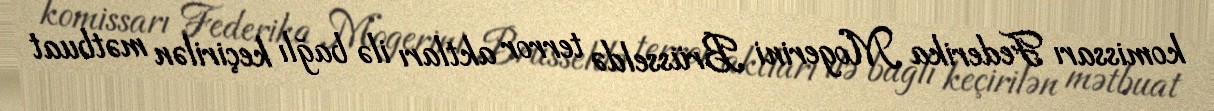
komissarı Federika Mogerini Brüsseldə terror aktları ilə bağlı keçirilən mətbuat